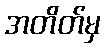
အတိတ်မှ